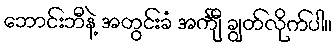
ဘောင်းဘီနဲ့ အတွင်းခံ အင်္ကျီ ချွတ်လိုက်ပါ။